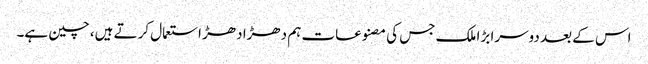
اس کے بعد دوسرا بڑا ملک جس کی مصنوعات ہم دھڑا دھڑ استعمال کرتے ہیں، چین ہے۔